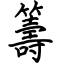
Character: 籌